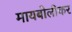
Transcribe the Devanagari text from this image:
मायबोलीकर